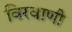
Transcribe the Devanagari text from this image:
विरवाणी